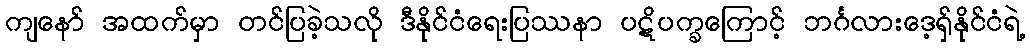
ကျနော် အထက်မှာ တင်ပြခဲ့သလို ဒီနိုင်ငံရေးပြဿနာ ပဋိပက္ခကြောင့် ဘင်္ဂလားဒေ့ရှ်နိုင်ငံရဲ့